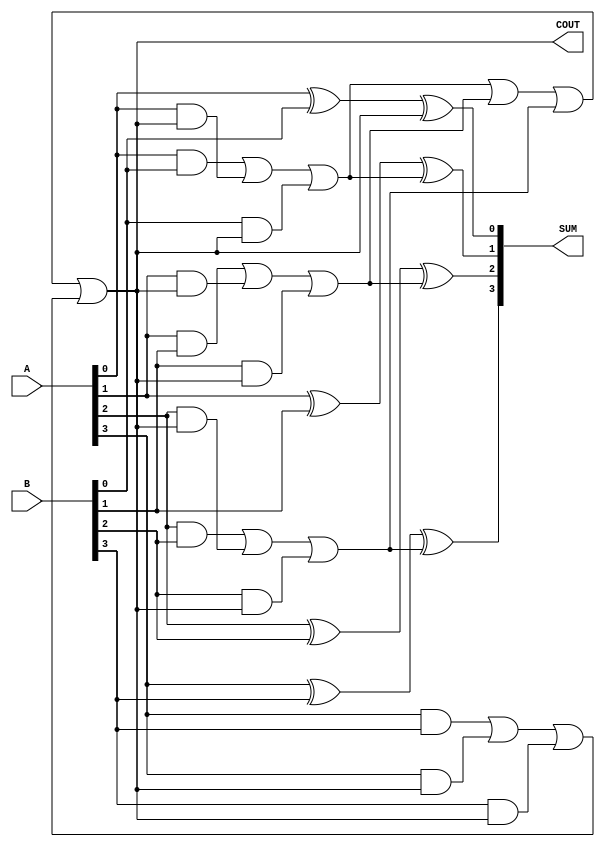
module four_bit_adder(
    input [3:0] A,
    input [3:0] B,
    output [3:0] SUM,
    output COUT
);

reg [3:0] S;
reg C;

assign SUM = S;
assign COUT = C;

always @ (*) begin
    S[0] = A[0] ^ B[0] ^ C;
    S[1] = A[1] ^ B[1] ^ (A[0] & B[0] | A[0] & C | B[0] & C);
    S[2] = A[2] ^ B[2] ^ (A[1] & B[1] | A[1] & C | B[1] & C);
    S[3] = A[3] ^ B[3] ^ (A[2] & B[2] | A[2] & C | B[2] & C);

    C = (A[0] & B[0] | A[0] & C | B[0] & C) | (A[1] & B[1] | A[1] & C | B[1] & C) | (A[2] & B[2] | A[2] & C | B[2] & C) | (A[3] & B[3] | A[3] & C | B[3] & C);
end

endmodule